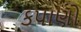
કપાણો